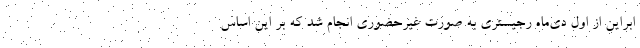
ابراین از اول دی‌ماه رجیستری به صورت غیرحضوری انجام شد که بر این اساس